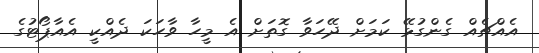
އެއްޗެއް ގެންގުޅޭ ކަމަށް ދޭހަވާ ގޮތަށް އެ މީހާ ވާހަކަ ދެއްކީ އެއާޕޯޓުގެ